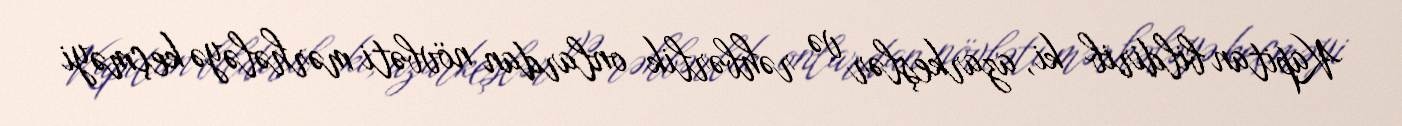
Kapitan bildirib ki, azarkeşlər və rəhbərlik onlardan növbəti mərhələyə keçməyi